65_HS1-834228961_62-HQ-83894_Section_9
Agency: FBI
Page 76
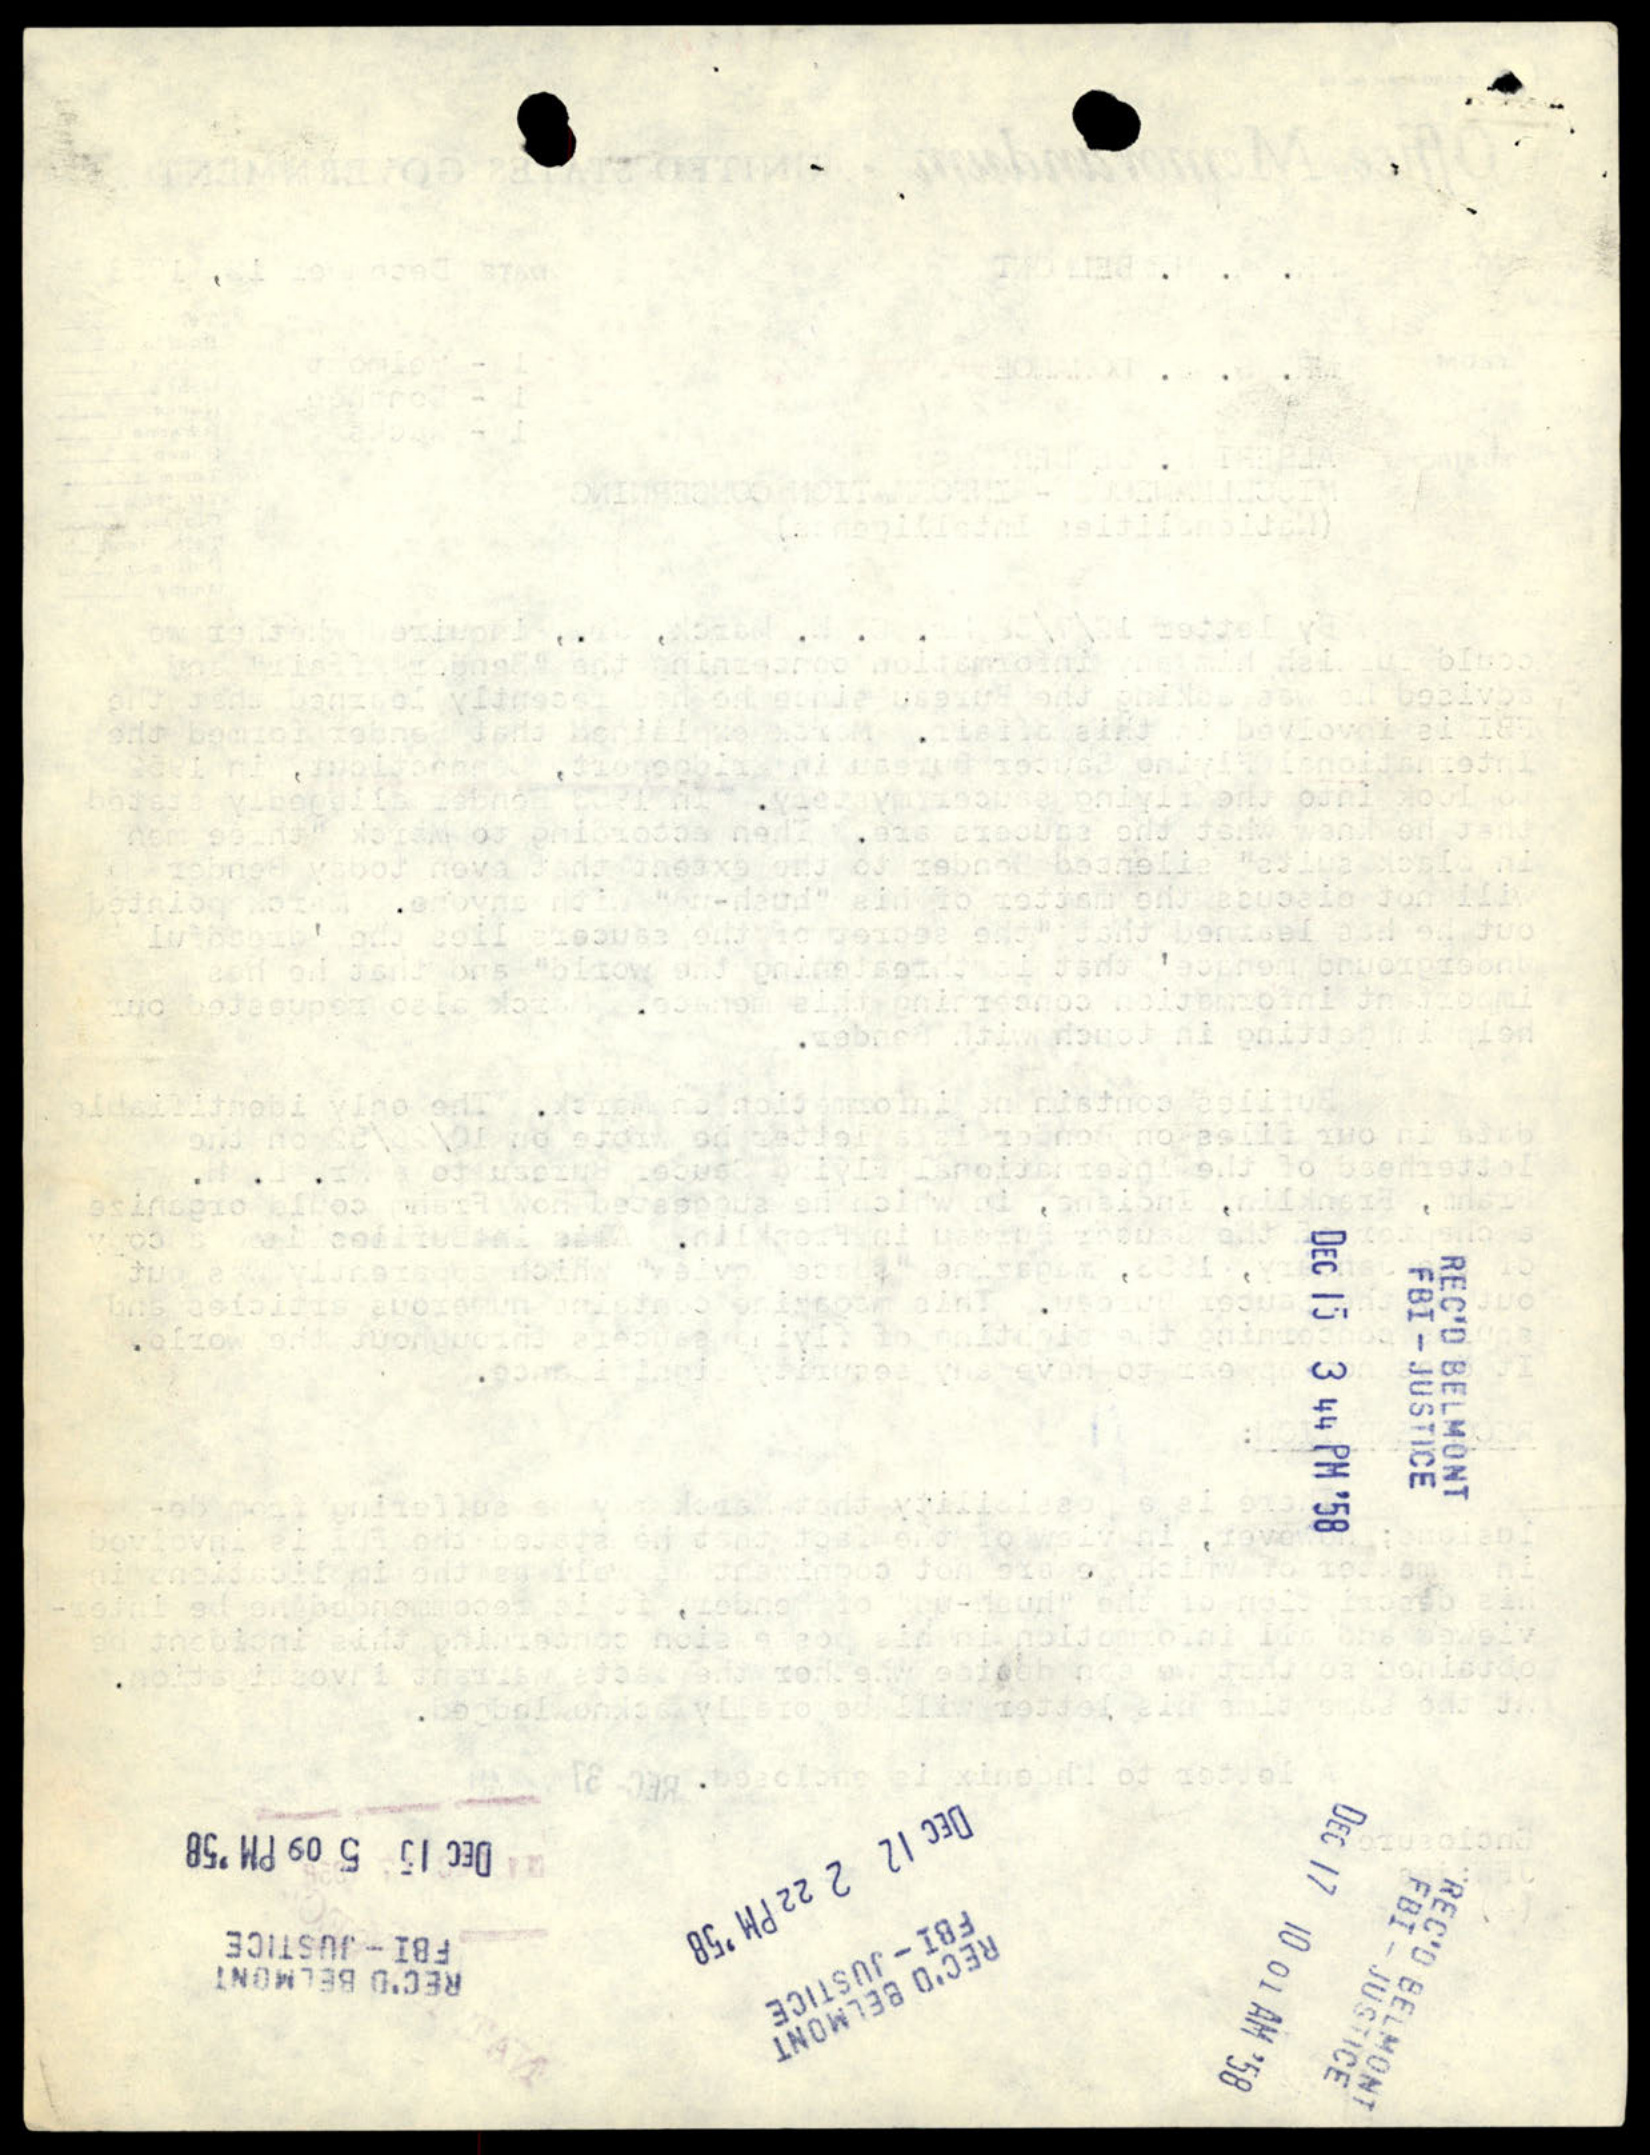